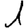
Digit: 1